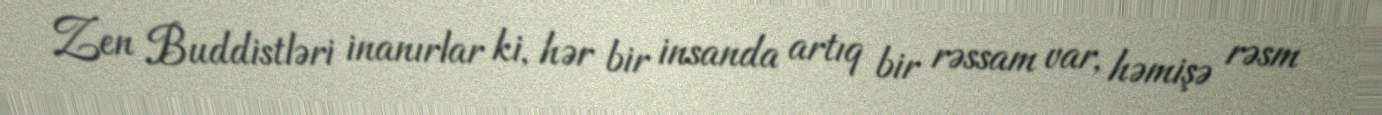
Zen Buddistləri inanırlar ki, hər bir insanda artıq bir rəssam var, həmişə rəsm